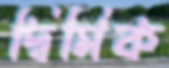
দ্বিমিক